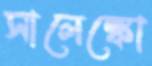
সালেঙ্কো